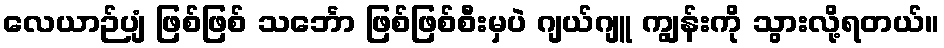
လေယာဉ်ပျံ ဖြစ်ဖြစ် သင်္ဘော ဖြစ်ဖြစ်စီးမှပဲ ဂျယ်ဂျူ ကျွန်းကို သွားလို့ရတယ်။